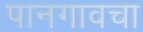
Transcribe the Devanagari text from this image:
पानगावचा